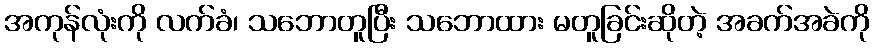
အကုန်လုံးကို လက်ခံ၊ သဘောတူပြီး သဘောထား မတူခြင်းဆိုတဲ့ အခက်အခဲကို